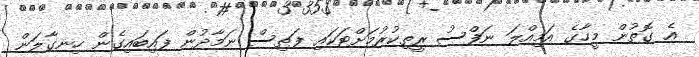
އެ ގޮތުން މީހާގެ އަމިއްލަ ނަފްސު ރީތިކުރުމަށްޓަކައި ފަތިސް ނަމާދުން ފައިބައިގެން ހިނގާލަން